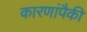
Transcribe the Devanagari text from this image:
कारणांपैकी